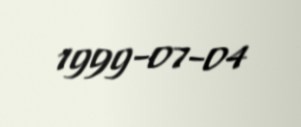
1999-07-04